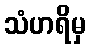
သံဟရိမှ